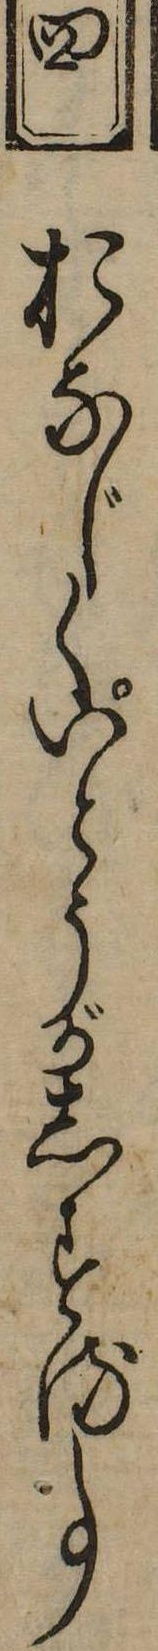
四おなじくいとうがしする事